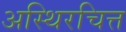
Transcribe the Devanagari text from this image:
अस्थिरचित्त